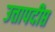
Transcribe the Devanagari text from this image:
उत्तापदीप्त